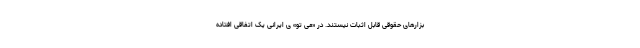
بزارهای حقوقی قابل اثبات نیستند. در «می تو» ی ایرانی یک اتفاقی افتاده